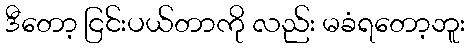
ဒီတော့ ငြင်းပယ်တာကို လည်း မခံရတော့ဘူး